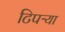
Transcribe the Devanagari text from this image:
टिपऱ्या